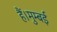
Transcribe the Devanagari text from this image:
हैं।मुम्बई